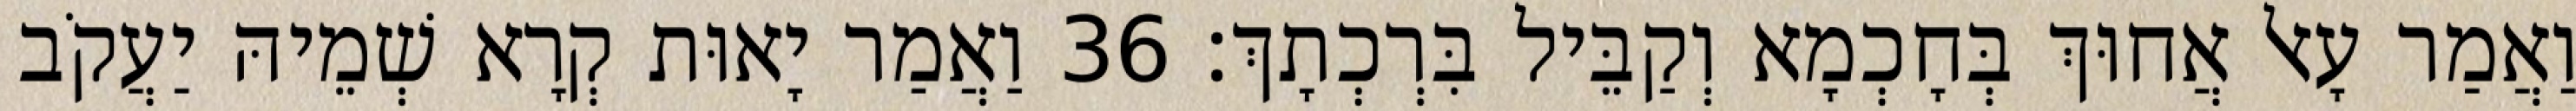
וַאֲמַר עָאל אֲחוּךְ בְּחָכְמָא וְקַבֵּיל בִּרְכְתָךְ׃ 36 וַאֲמַר יָאוּת קְרָא שְׁמֵיהּ יַעֲקֹב